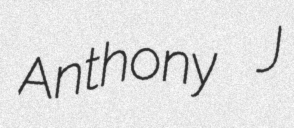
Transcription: Anthony J